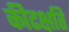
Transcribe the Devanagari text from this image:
कीटक्षति